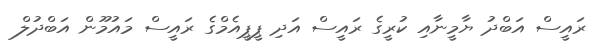
ރައީސް އަބްދު ޔާމީނާއި ކުރީގެ ރައީސް އަދި ޕީޕީއެމްގެ ރައީސް މައުމޫން އަބްދުލް